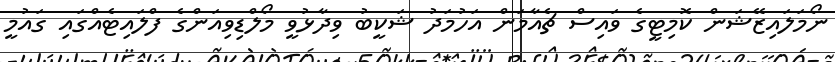
ނޯމަލައިޒޭޝަން ކޮމިޓީގެ ވައިސް ޗެއާމަން އަހުމަދު ޝަކީބު ވިދާޅުވީ މޯލްޑިވިއަންގެ ފްލައިޓެއްގައި ގައުމީ